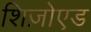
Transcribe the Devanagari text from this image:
शिज़ोएड